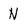
Character: N